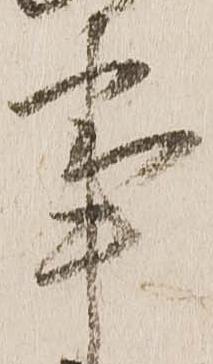
事